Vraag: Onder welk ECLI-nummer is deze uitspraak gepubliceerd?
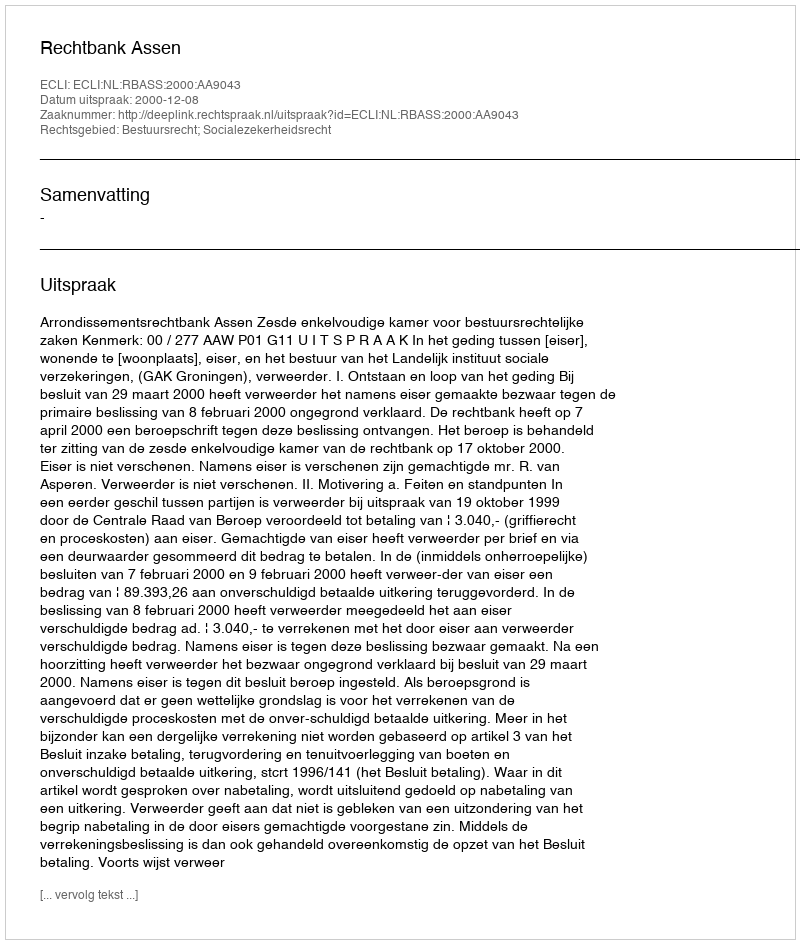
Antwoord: ECLI:NL:RBASS:2000:AA9043